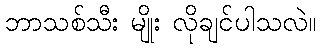
ဘာသစ်သီး မျိုး လိုချင်ပါသလဲ။